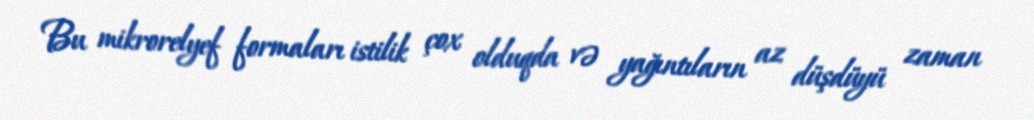
Bu mikrorelyef formaları istilik çox olduqda və yağıntıların az düşdüyü zaman